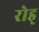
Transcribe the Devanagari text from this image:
रोड्